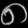
Digit: ၈